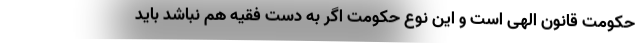
حکومت قانون الهی است و این نوع حکومت اگر به دست فقیه هم نباشد باید